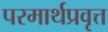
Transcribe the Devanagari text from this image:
परमार्थप्रवृत्त